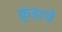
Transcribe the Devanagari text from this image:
कुंडाचे